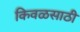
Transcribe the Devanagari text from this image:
किवळसाठी